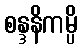
စန္ဒနိကမ္ပိ